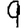
Digit: 9